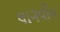
લાગવીન